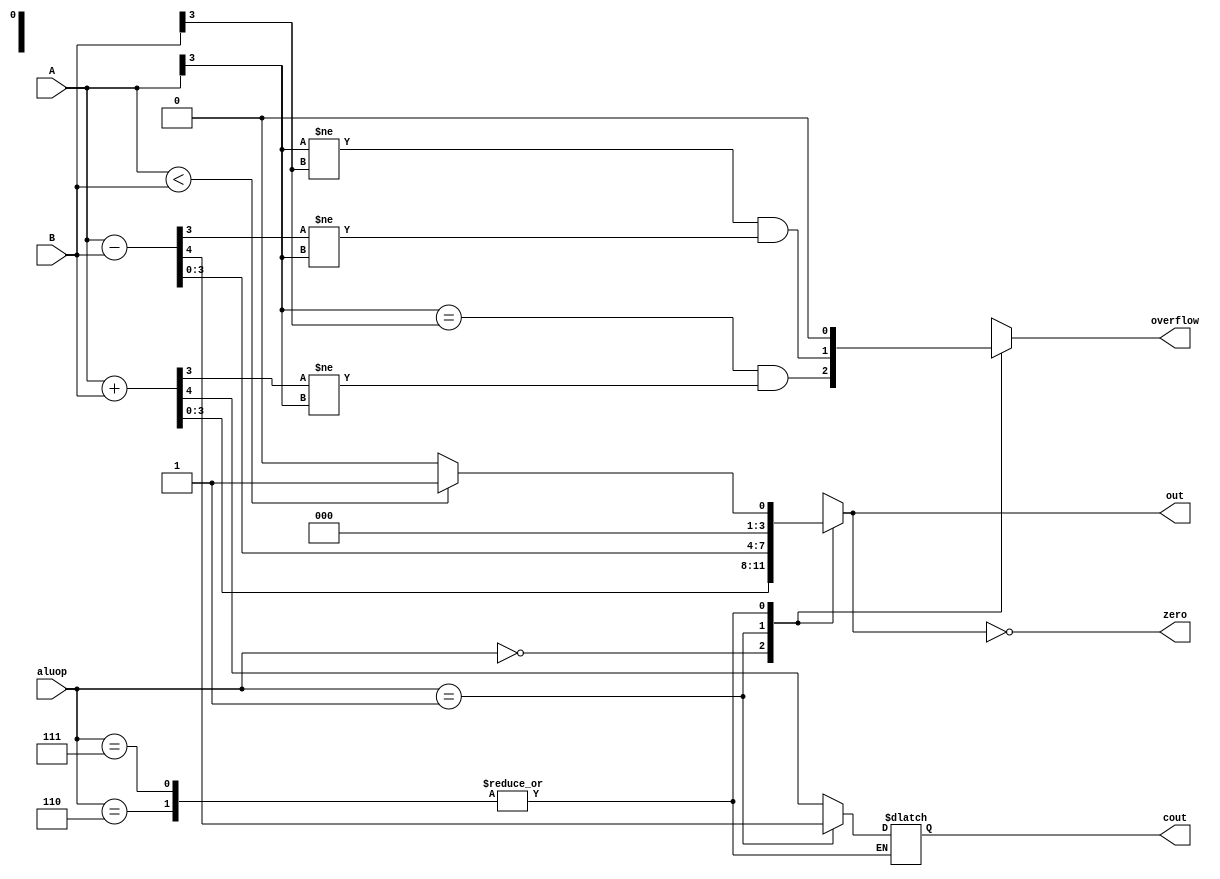
module alu(
input [3:0]A,B, 
input [2:0]aluop, 
output reg [3:0] out, 
output reg overflow,cout,zero
);
always @(*) begin
    zero = 0;    // 默认结果不为零
    carry = 0;   // 默认没有进位或借位
    overflow = 0; // 默认没有溢出

    case (aluop)
        3'b000: begin // 加法
            {cout, out} = A + B;  // 计算结果和进位/溢出
            overflow = (A[3] == B[3]) && (out[3] != A[3]); // 溢出发生在符号相同的数相加，但结果符号不同
        end
        3'b001: begin // 减法
            {cout, out} = A - B;  // carry这里实际上是借位，但在减法完成后变成进位
            overflow = (A[3] != B[3]) && (out[3] != A[3]); // 溢出发生在符号不同的数相减，但结果符号与A不同
        end
        3'b110: begin // 比较小于
            out =($signed(A) < $signed(B)) ? 4'b0001 : 4'b0000;
        end
        3'b111: begin // 比较等于
            out = ($signed(A) < $signed(B)) ? 4'b0001 : 4'b0000;
        end
        default: begin
            out = 4'bx; // 操作码无效时结果未知
            overflow = 1'bx; // 溢出状态未知
            cout = 1'bx; // 进位状态未知
        end
    endcase

    // 检查结果是否为零
    zero = (out == 4'b0000);
end

endmodule